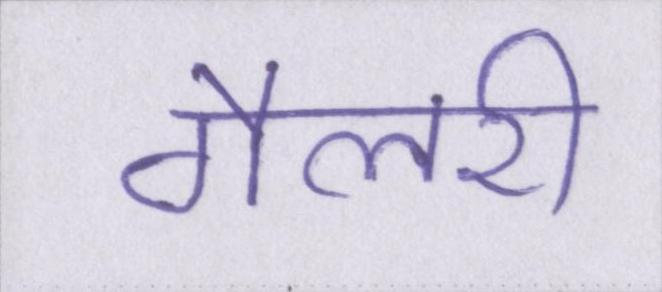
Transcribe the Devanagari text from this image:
गैलरी